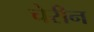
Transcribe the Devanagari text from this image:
चेरीन